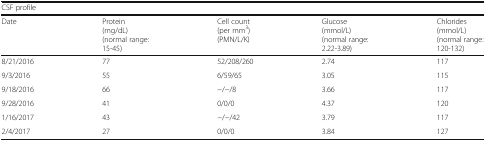
<table><thead><tr><td colspan="5"><b>CSF profile</b></td></tr><tr><td><b>Date</b></td><td><b>Protein(mg/dL)(normal range: 15-45)</b></td><td><b>Cell count(per mm<sup>3</sup>)(PMN/L/K)</b></td><td><b>Glucose(mmol/L)(normal range: 2.22-3.89)</b></td><td><b>Chlorides(mmol/L)(normal range: 120-132)</b></td></tr></thead><tbody><tr><td>8/21/2016</td><td>77</td><td>52/208/260</td><td>2.74</td><td>117</td></tr><tr><td>9/3/2016</td><td>55</td><td>6/59/65</td><td>3.05</td><td>115</td></tr><tr><td>9/18/2016</td><td>66</td><td>−/−/8</td><td>3.66</td><td>117</td></tr><tr><td>9/28/2016</td><td>41</td><td>0/0/0</td><td>4.37</td><td>120</td></tr><tr><td>1/16/2017</td><td>43</td><td>−/−/42</td><td>3.79</td><td>117</td></tr><tr><td>2/4/2017</td><td>27</td><td>0/0/0</td><td>3.84</td><td>127</td></tr></tbody></table>